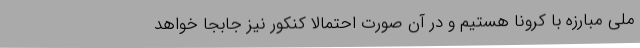
ملی مبارزه با کرونا هستیم و در آن صورت احتمالاً کنکور نیز جابجا خواهد